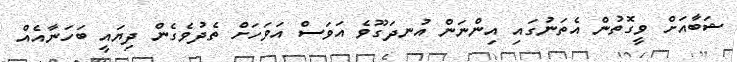
ޝަބާއަށް ވީގޮތުން އެތަނުގައި އިންނަން އުނދަގޫވެ އަވަސް އަވަހަށް ތެދުވެގެން ދިޔައީ ބަހަނާއެއް